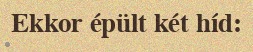
Ekkor épült két híd: